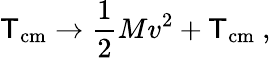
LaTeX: \mathsf{T}_{\mathrm{{cm}}}\to\frac{{1}}{{2}}Mv^{2}+\mathsf{T}_{\mathrm{{cm}}}\ ,